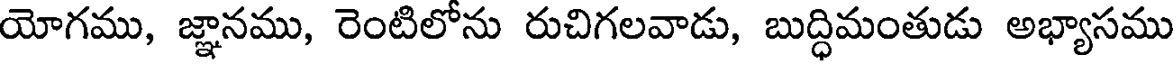
యోగము, జ్ఞానము, రెంటిలోను రుచిగలవాడు, బుద్ధిమంతుడు అభ్యాసము